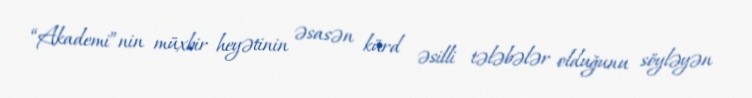
“Akademi”nin müxbir heyətinin əsasən kürd əsilli tələbələr olduğunu söyləyən